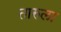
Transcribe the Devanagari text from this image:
तारुला